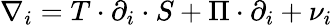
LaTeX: \nabla_{i}=T\cdot\partial_{i}\cdot S+\Pi\cdot\partial_{i}+\nu_{i}